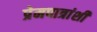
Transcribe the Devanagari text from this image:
प्रेमपात्रांशी